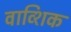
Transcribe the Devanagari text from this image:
वाव्शिक